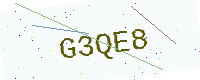
Text: G3QE8